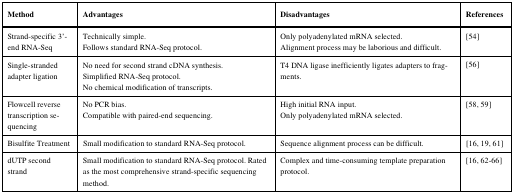
| Method | Advantages | Disadvantages | References |
 | --- | --- | --- | --- |
 | Strand-specific 3'-end RNA-Seq | Technically simple.Follows standard RNA-Seq protocol. | Only polyadenylated mRNA selected.Alignment process may be laborious and difficult. | [54] |
 | Single-stranded adapter ligation | No need for second strand cDNA synthesis.Simplified RNA-Seq protocol.No chemical modification of transcripts. | T4 DNA ligase inefficiently ligates adapters to fragments. | [56] |
 | Flowcell reverse transcription sequencing | No PCR bias.Compatible with paired-end sequencing. | High initial RNA input.Only polyadenylated mRNA selected. | [58, 59] |
 | Bisulfite Treatment | Small modification to standard RNA-Seq protocol. | Sequence alignment process can be difficult. | [16, 19, 61] |
 | dUTP second strand | Small modification to standard RNA-Seq protocol. Rated as the most comprehensive strand-specific sequencing method. | Complex and time-consuming template preparation protocol. | [16, 62-66] |